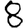
Digit: 8